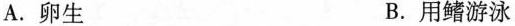
A.卵生 B.用鳍游泳